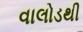
વાલોડથી